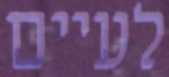
לעיים